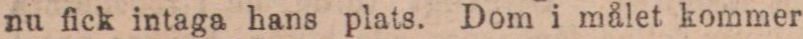
nu fick intaga hans plats. Dom i målet kommer